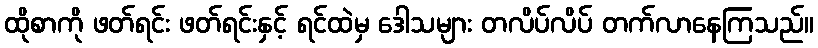
ထိုစာကို ဖတ်ရင်း ဖတ်ရင်းနှင့် ရင်ထဲမှ ဒေါသများ တလိပ်လိပ် တက်လာနေကြသည်။